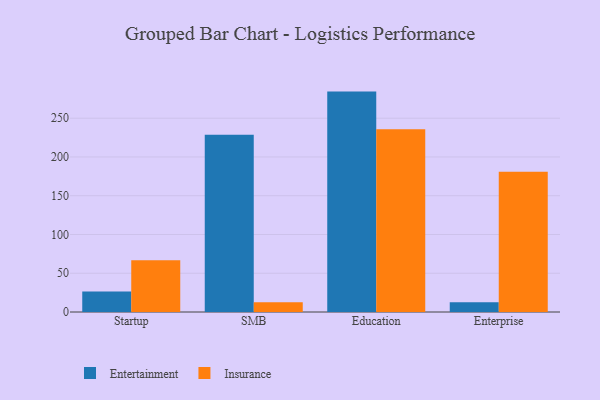
{"axis": {"x": "Segment", "y": "Demand Index"}, "legend": ["Entertainment", "Insurance"], "data": [{"x": "Startup", "y": 26.6, "type": "Entertainment"}, {"x": "Startup", "y": 66.9, "type": "Insurance"}, {"x": "SMB", "y": 228.5, "type": "Entertainment"}, {"x": "SMB", "y": 12.5, "type": "Insurance"}, {"x": "Education", "y": 284.3, "type": "Entertainment"}, {"x": "Education", "y": 235.8, "type": "Insurance"}, {"x": "Enterprise", "y": 12.5, "type": "Entertainment"}, {"x": "Enterprise", "y": 180.8, "type": "Insurance"}]}